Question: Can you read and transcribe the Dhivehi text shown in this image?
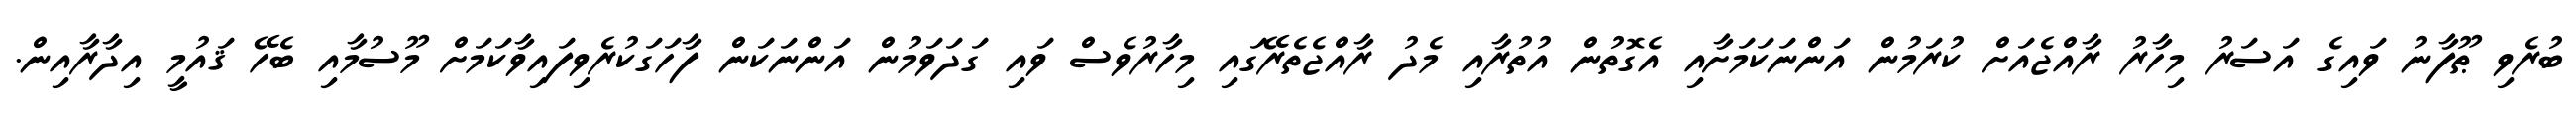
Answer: ބުރެވި ޠޫފާނު ވައިގެ އަސަރު މިހާރު ރާއްޖެއަށް ކުރަމުން އަންނަކަމަށާއި އެގޮތުން އުތުރާއި މެދު ރާއްޖެތެރޭގައި މިހާރުވެސް ވައި ގަދަވަމުން އަންނަކަން ފާހަގަކުރެވިފައިވާކަމަށް މޫސުމާއި ބެހޭ ޤައުމީ އިދާރާއިން.